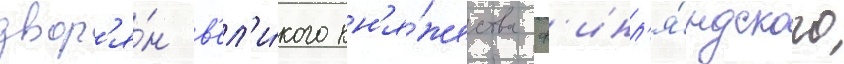
двор'я́н в'ел'и́кого кн'я́жества ф'инл'я́ндского